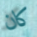
كان